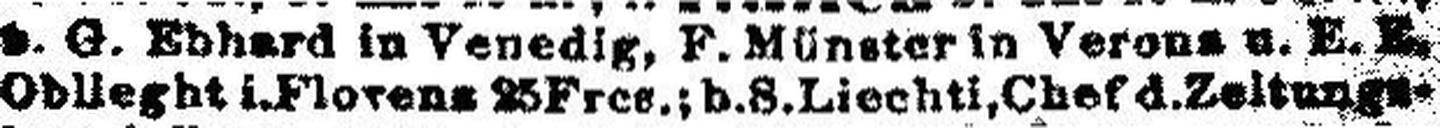
Oblieght i.Florenz & Fres.; b.S.Liechtl, Chef d.Zeitungs¬